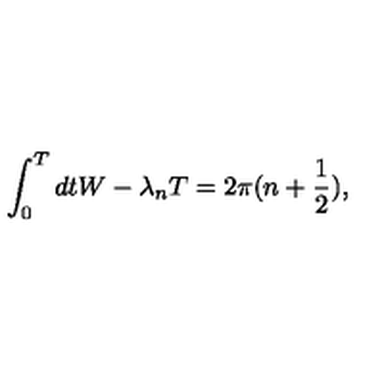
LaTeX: \int _ { 0 } ^ { T } d t W - \lambda _ { n } T = 2 \pi ( n + \frac { 1 } { 2 } ) ,